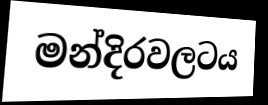
මන්දිරවලටය